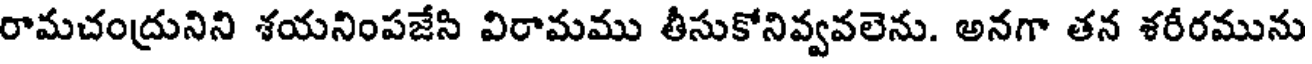
రామచంద్రునిని శయనింపజేసి విరామము తీసుకోనివ్వవలెను. అనగా తన శరీరమును